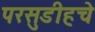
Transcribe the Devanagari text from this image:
परसुडीहचे